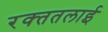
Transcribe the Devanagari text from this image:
रक्‍ततलाई